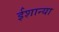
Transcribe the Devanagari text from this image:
ईशान्या